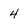
Character: 4